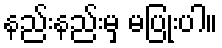
နည်းနည်းမှ မပြုံးပါ။